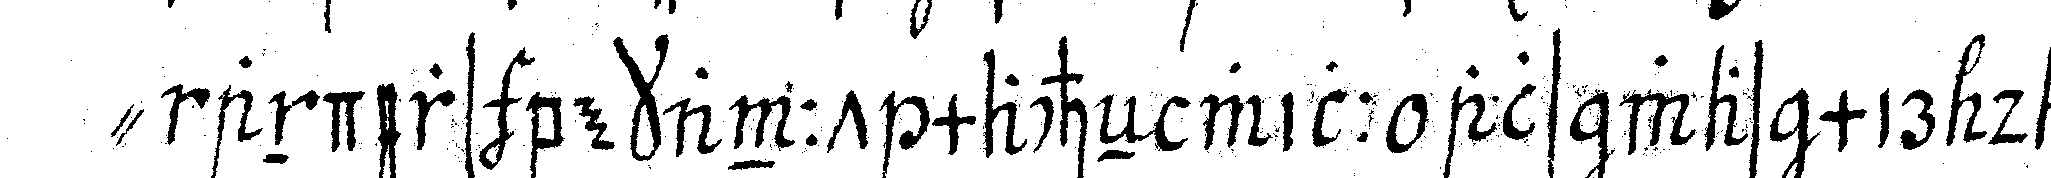
" anders bekannt macheN will als was mir davon